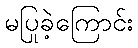
မပြုခဲ့ကြောင်း